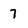
Character: 7